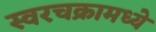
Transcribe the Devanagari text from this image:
स्वरचक्रामध्ये